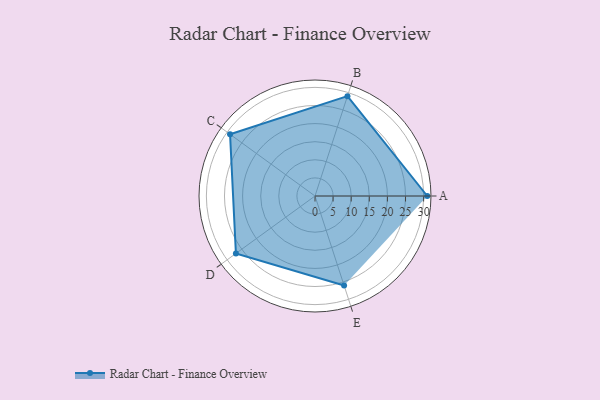
{"axis": {"x": "Skill", "y": "Score"}, "legend": ["Profile"], "data": [{"x": "A", "y": 31.0, "type": "Profile"}, {"x": "B", "y": 29.0, "type": "Profile"}, {"x": "C", "y": 29.0, "type": "Profile"}, {"x": "D", "y": 27.0, "type": "Profile"}, {"x": "E", "y": 26.0, "type": "Profile"}]}